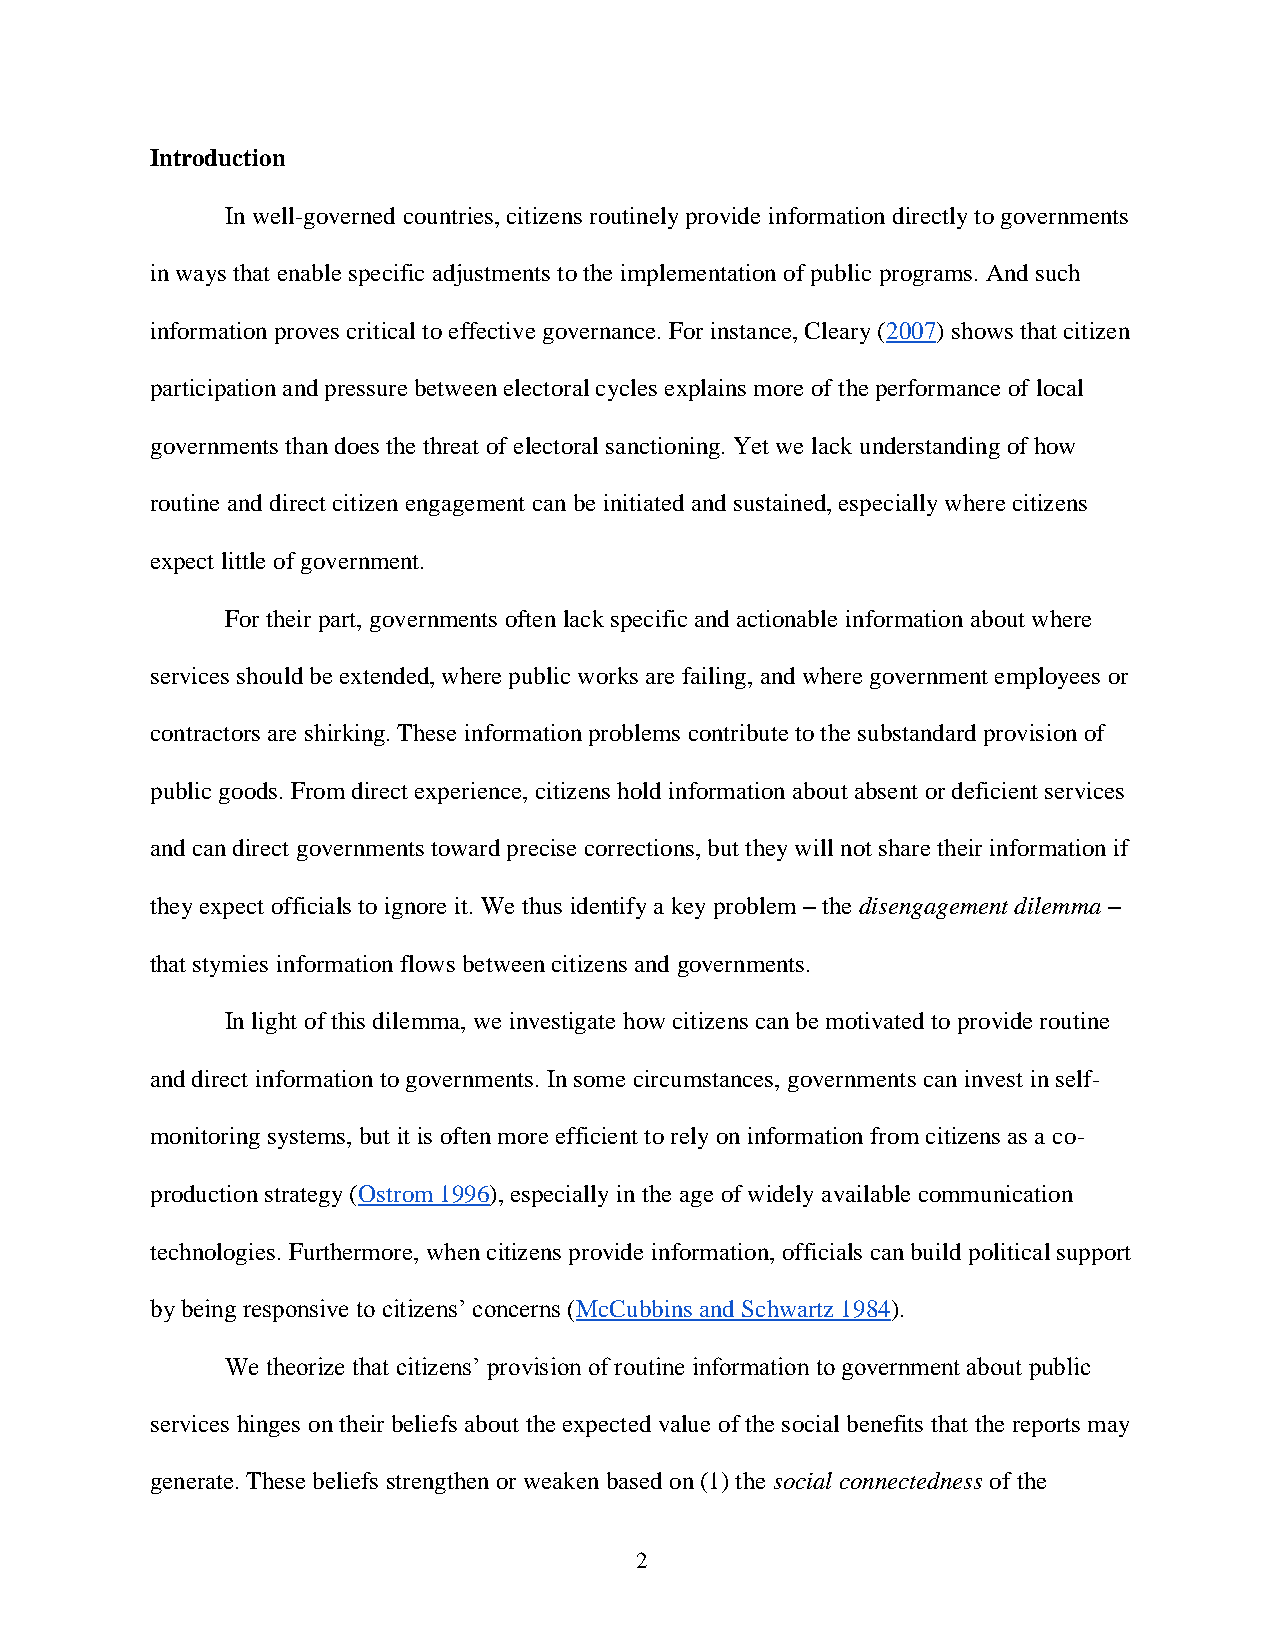
Introduction
 In well-governed countries, citizens routinely provide information directly to governments
 in ways that enable specific adjustments to the implementation of public programs. And such
 information proves critical to effective governance. For instance, Cleary (2007) shows that citizen
 participation and pressure between electoral cycles explains more of the performance of local
 governments than does the threat of electoral sanctioning. Yet we lack understanding of how
 routine and direct citizen engagement can be initiated and sustained, especially where citizens
 expect little of government.
 For their part, governments often lack specific and actionable information about where
 services should be extended, where public works are failing, and where government employees or
 contractors are shirking. These information problems contribute to the substandard provision of
 public goods. From direct experience, citizens hold information about absent or deficient services
 and can direct governments toward precise corrections, but they will not share their information if
 they expect officials to ignore it. We thus identify a key problem – the disengagement dilemma –
 that stymies information flows between citizens and governments.
 In light of this dilemma, we investigate how citizens can be motivated to provide routine
 and direct information to governments. In some circumstances, governments can invest in self-
 monitoring systems, but it is often more efficient to rely on information from citizens as a co-
 production strategy (Ostrom 1996), especially in the age of widely available communication
 technologies. Furthermore, when citizens provide information, officials can build political support
 by being responsive to citizens’ concerns (McCubbins and Schwartz 1984).
 We theorize that citizens’ provision of routine information to government about public
 services hinges on their beliefs about the expected value of the social benefits that the reports may
 generate. These beliefs strengthen or weaken based on (1) the social connectedness of the
 2